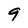
Character: 9